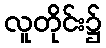
လူတိုင်း၌